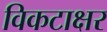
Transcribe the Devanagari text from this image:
विकटाक्षर